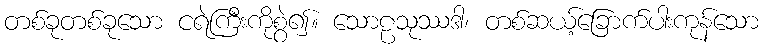
တစ်ခုတစ်ခုသော ငရဲကြီးကိုစွဲ၍။ သောဠသုဿဒါ၊ တစ်ဆယ့်ခြောက်ပါးကုန်သော